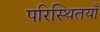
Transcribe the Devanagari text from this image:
परिस्थितयाँ